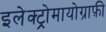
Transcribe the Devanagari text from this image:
इलेक्ट्रोमायोग्राफ़ी